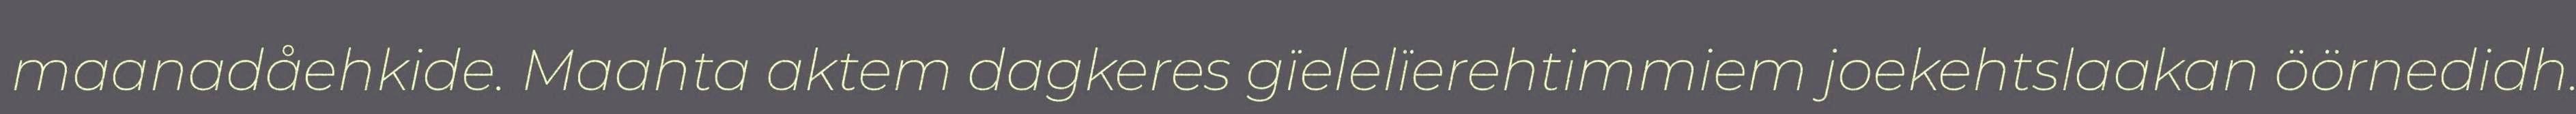
maanadåehkide. Maahta aktem dagkeres gïelelïerehtimmiem joekehtslaakan öörnedidh.